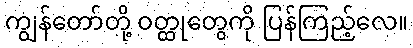
ကျွန်တော်တို့ ဝတ္ထုတွေကို ပြန်ကြည့်လေ။